Annual statistical returns and brief notes on vaccination in Bengal - 1887-1898
Year: 1887
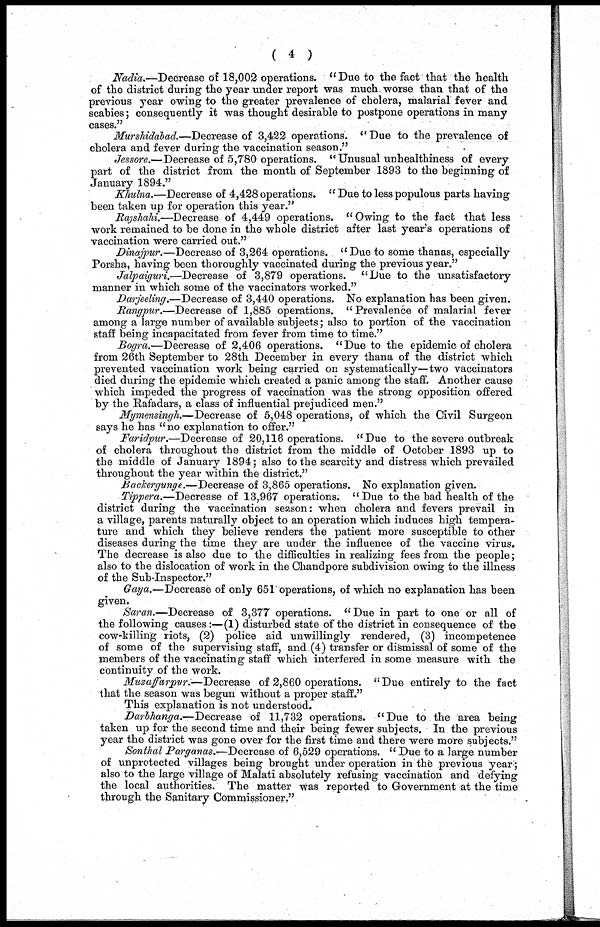
( 4 )
Nadia.—Decrease of 18,002 operations. "Due to the fact that the health
of the district during the year under report was much worse than that of the
previous year owing to the greater prevalence of cholera, malarial fever and
scabies; consequently it was thought desirable to postpone operations in many
cases."
Murshidabad.—Decrease of 3,422 operations. " Due to the prevalence of
cholera and fever during the vaccination season."
Jessore.—Decrease of 5,780 operations. " Unusual unhealthiness of every
part of the district from the month of September 1893 to the beginning of
January 1894."
Khulna.—Decrease of 4,428 operations. " Due to less populous parts having
been taken up for operation this year."
Rajshahi.—Decrease of 4,449 operations. "Owing to the fact that less
work remained to be done in the whole district after last year's operations of
vaccination were carried out."
Dinajpur.—Decrease of 3,264 operations. "Due to some thanas, especially
Porsha, having been thoroughly vaccinated during the previous year."
Jalpaiguri.—Decrease of 3,879 operations. "Due to the unsatisfactory
manner in which some of the vaccinators worked."
Darjeeling.—Decrease of 3,440 operations. No explanation has been given.
Rangpur.—Decrease of 1,885 operations. "Prevalence of malarial fever
among a large number of available subjects; also to portion of the vaccination
staff being incapacitated from fever from time to time."
Bogra.—Decrease of 2,406 operations. "Due to the epidemic of cholera
from 26th September to 28th December in every thana of the district which
prevented vaccination work being carried on systematically—two vaccinators
died during the epidemic which created a panic among the staff. Another cause
which impeded the progress of vaccination was the strong opposition offered
by the Rafadars, a class of influential prejudiced men."
Mymensingh.—Decrease of 5,048 operations, of which the Civil Surgeon
says he has "no explanation to offer."
Faridpur.—Decrease of 20,116 operations. "Due to the severe outbreak
of cholera throughout the district from the middle of October 1893 up to
the middle of January 1894; also to the scarcity and distress which prevailed
throughout the year within the district."
Backergunge. —decrease of 3,865 operations. No explanation given.
Tippera.—Decrease of 13,967 operations. "Due to the bad health of the
district during the vaccination season: when cholera and fevers prevail in
a village, parents naturally object to an operation which induces high tempera-
ture and which they believe renders the patient more susceptible to other
diseases during the time they are under the influence of the vaccine virus.
The decrease is also due to the difficulties in realizing fees from the people;
also to the dislocation of work in the Chandpore subdivision owing to the illness
of the Sub-Inspector."
Gaya.—Decrease of only 651 operations, of which no explanation has been
given.
Saran.—Decrease of 3,377 operations. "Due in part to one or all of
the following causes:—(1) disturbed state of the district in consequence of the
cow-killing riots, (2) police aid unwillingly rendered, (3) incompetence
of some of the supervising staff, and (4) transfer or dismissal of some of the
members of the vaccinating staff which interfered in some measure with the
continuity of the work.
Muzaffarpur.—Decrease of 2,860 operations. "Due entirely to the fact
that the season was begun without a proper staff."
This explanation is not understood.
Darbhanga.—Decrease of 11,732 operations. "Due to the area being
taken up for the second time and their being fewer subjects. In the previous
year the district was gone over for the first time and there were more subjects."
Sonthal Parganas.—Decrease of 6,529 operations. " Due to a large number
of unprotected villages being brought under operation in the previous year;
also to the large village of Malati absolutely refusing vaccination and defying
the local authorities. The matter was reported to Government at the time
through the Sanitary Commissioner,"